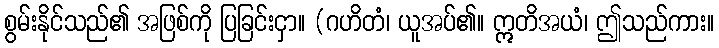
စွမ်းနိုင်သည်၏ အဖြစ်ကို ပြခြင်းငှာ။ (ဂဟိတံ၊ ယူအပ်၏။ ဣတိအယံ၊ ဤသည်ကား။